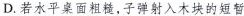
D.若水平桌面粗糙，子弹射入木块的短暂